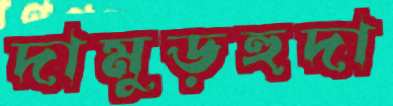
দামুড়হুদা